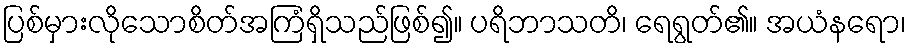
ပြစ်မှားလိုသောစိတ်အကြံရှိသည်ဖြစ်၍။ ပရိဘာသတိ၊ ရေရွတ်၏။ အယံနရော၊